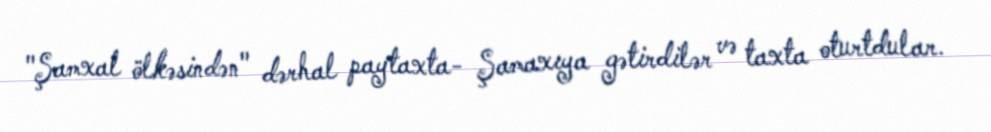
"Şamxal ölkəsindən" dərhal paytaxta- Şamaxıya gətirdilər və taxta oturtdular.